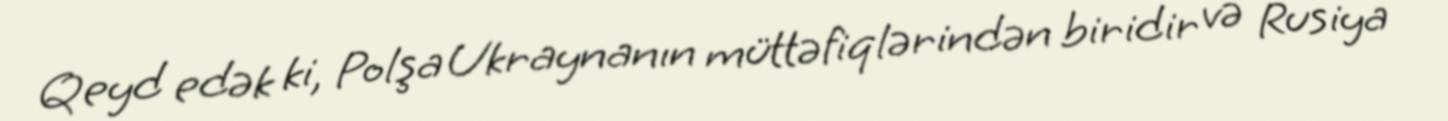
Qeyd edək ki, Polşa Ukraynanın müttəfiqlərindən biridir və Rusiya